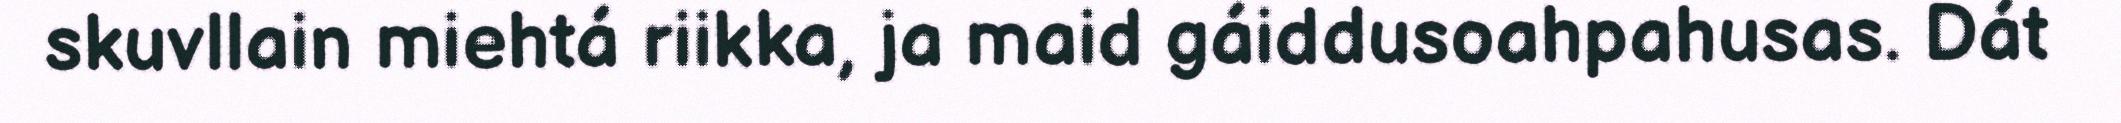
skuvllain miehtá riikka, ja maid gáiddusoahpahusas. Dát